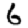
Digit: 6